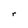
Character: r